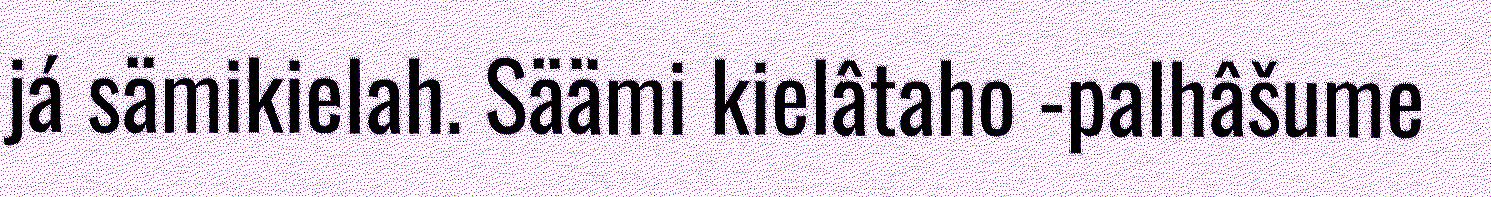
já sämikielah. Säämi kielâtaho -palhâšume